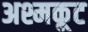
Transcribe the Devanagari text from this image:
अश्मकूट